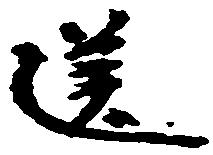
送